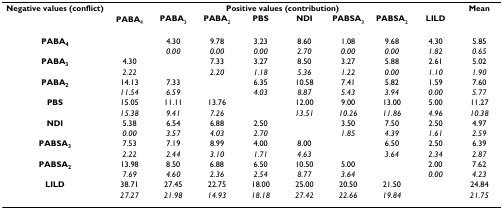
<table><thead><tr><td><b>Negative values (conflict)</b></td><td colspan="8"><b>Positive values (contribution)</b></td><td><b>Mean</b></td></tr><tr><td></td><td><b>PABA<sub>4</sub></b></td><td><b>PABA<sub>3</sub></b></td><td><b>PABA<sub>2</sub></b></td><td><b>PBS</b></td><td><b>NDI</b></td><td><b>PABSA<sub>3</sub></b></td><td><b>PABSA<sub>2</sub></b></td><td><b>LILD</b></td><td></td></tr></thead><tbody><tr><td><b>PABA<sub>4</sub></b></td><td></td><td>4.30</td><td>9.78</td><td>3.23</td><td>8.60</td><td>1.08</td><td>9.68</td><td>4.30</td><td>5.85</td></tr><tr><td></td><td></td><td><i>0.00</i></td><td><i>0.00</i></td><td><i>0.00</i></td><td><i>2.70</i></td><td><i>0.00</i></td><td><i>0.00</i></td><td><i>1.82</i></td><td><i>0.65</i></td></tr><tr><td><b>PABA<sub>3</sub></b></td><td>4.30</td><td></td><td>7.33</td><td>3.27</td><td>8.50</td><td>3.27</td><td>5.88</td><td>2.61</td><td>5.02</td></tr><tr><td></td><td><i>2.22</i></td><td></td><td><i>2.20</i></td><td><i>1.18</i></td><td><i>5.36</i></td><td><i>1.22</i></td><td><i>0.00</i></td><td><i>1.10</i></td><td><i>1.90</i></td></tr><tr><td><b>PABA<sub>2</sub></b></td><td>14.13</td><td>7.33</td><td></td><td>6.35</td><td>10.58</td><td>7.41</td><td>5.82</td><td>1.59</td><td>7.60</td></tr><tr><td></td><td><i>11.54</i></td><td><i>6.59</i></td><td></td><td><i>4.03</i></td><td><i>8.87</i></td><td><i>5.43</i></td><td><i>3.94</i></td><td><i>0.00</i></td><td><i>5.77</i></td></tr><tr><td><b>PBS</b></td><td>15.05</td><td>11.11</td><td>13.76</td><td></td><td>12.00</td><td>9.00</td><td>13.00</td><td>5.00</td><td>11.27</td></tr><tr><td></td><td><i>15.38</i></td><td><i>9.41</i></td><td><i>7.26</i></td><td></td><td><i>13.51</i></td><td><i>10.26</i></td><td><i>11.86</i></td><td><i>4.96</i></td><td><i>10.38</i></td></tr><tr><td><b>NDI</b></td><td>5.38</td><td>6.54</td><td>6.88</td><td>2.50</td><td></td><td>3.50</td><td>7.50</td><td>2.50</td><td>4.97</td></tr><tr><td></td><td><i>0.00</i></td><td><i>3.57</i></td><td><i>4.03</i></td><td><i>2.70</i></td><td></td><td><i>1.85</i></td><td><i>4.39</i></td><td><i>1.61</i></td><td><i>2.59</i></td></tr><tr><td><b>PABSA<sub>3</sub></b></td><td>7.53</td><td>7.19</td><td>8.99</td><td>4.00</td><td>8.00</td><td></td><td>6.50</td><td>2.50</td><td>6.39</td></tr><tr><td></td><td><i>2.22</i></td><td><i>2.44</i></td><td><i>3.10</i></td><td><i>1.71</i></td><td><i>4.63</i></td><td></td><td><i>3.64</i></td><td><i>2.34</i></td><td><i>2.87</i></td></tr><tr><td><b>PABSA<sub>2</sub></b></td><td>13.98</td><td>8.50</td><td>6.88</td><td>6.50</td><td>10.50</td><td>5.00</td><td></td><td>2.00</td><td>7.62</td></tr><tr><td></td><td><i>7.69</i></td><td><i>4.60</i></td><td><i>2.36</i></td><td><i>2.54</i></td><td><i>8.77</i></td><td><i>3.64</i></td><td></td><td><i>0.00</i></td><td><i>4.23</i></td></tr><tr><td><b>LILD</b></td><td>38.71</td><td>27.45</td><td>22.75</td><td>18.00</td><td>25.00</td><td>20.50</td><td>21.50</td><td></td><td>24.84</td></tr><tr><td></td><td><i>27.27</i></td><td><i>21.98</i></td><td><i>14.93</i></td><td><i>18.18</i></td><td><i>27.42</i></td><td><i>22.66</i></td><td><i>19.84</i></td><td></td><td><i>21.75</i></td></tr></tbody></table>